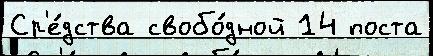
Ср'е́дства свобо́дной 14 поста